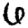
Digit: 6